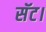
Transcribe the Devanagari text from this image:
सॅट।